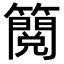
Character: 𮆬